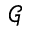
\mathcal { G }